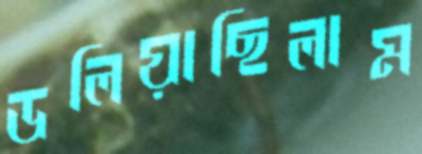
ডলিয়াছিলাম